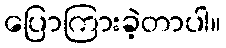
ပြောကြားခဲ့တာပါ။